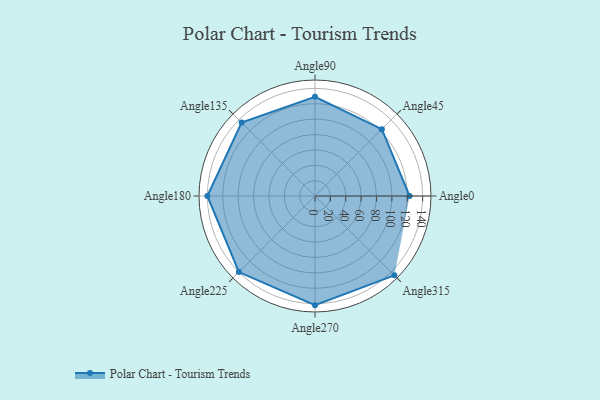
{"axis": {"x": "Angle", "y": "Radius"}, "legend": [""], "data": [{"x": "Angle0", "y": 123.0, "type": ""}, {"x": "Angle45", "y": 123.0, "type": ""}, {"x": "Angle90", "y": 129.0, "type": ""}, {"x": "Angle135", "y": 135.0, "type": ""}, {"x": "Angle180", "y": 140.0, "type": ""}, {"x": "Angle225", "y": 140.0, "type": ""}, {"x": "Angle270", "y": 142.0, "type": ""}, {"x": "Angle315", "y": 146.0, "type": ""}]}